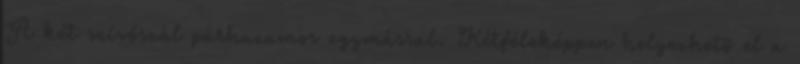
A két szívószál párhuzamos egymással. Kétféleképpen helyezhetõ el a